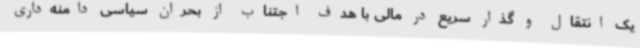
یک انتقال و گذار سریع در مالی با هدف اجتناب از بحران سیاسی دامنه‌داری